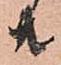
共